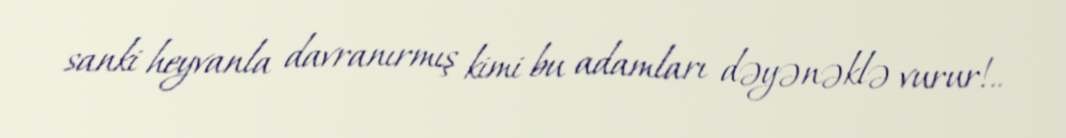
sanki heyvanla davranırmış kimi bu adamları dəyənəklə vurur!..